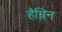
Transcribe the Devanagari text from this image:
हैम्लिन